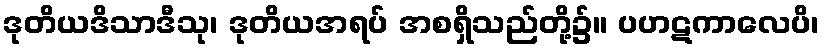
ဒုတိယဒိသာဒီသု၊ ဒုတိယအရပ် အစရှိသည်တို့၌။ ပဟဋကာလေပိ၊